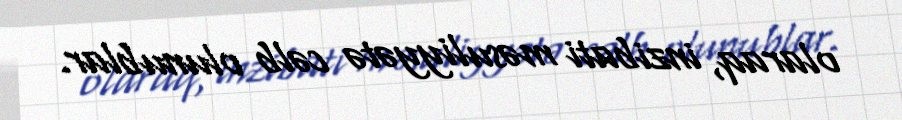
olaraq, inzibati məsuliyyətə cəlb olunublar.